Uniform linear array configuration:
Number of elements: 8
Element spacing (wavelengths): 0.5
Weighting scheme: kaiser
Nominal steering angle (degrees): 30
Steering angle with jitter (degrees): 28.341
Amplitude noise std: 0.05
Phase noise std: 0.05

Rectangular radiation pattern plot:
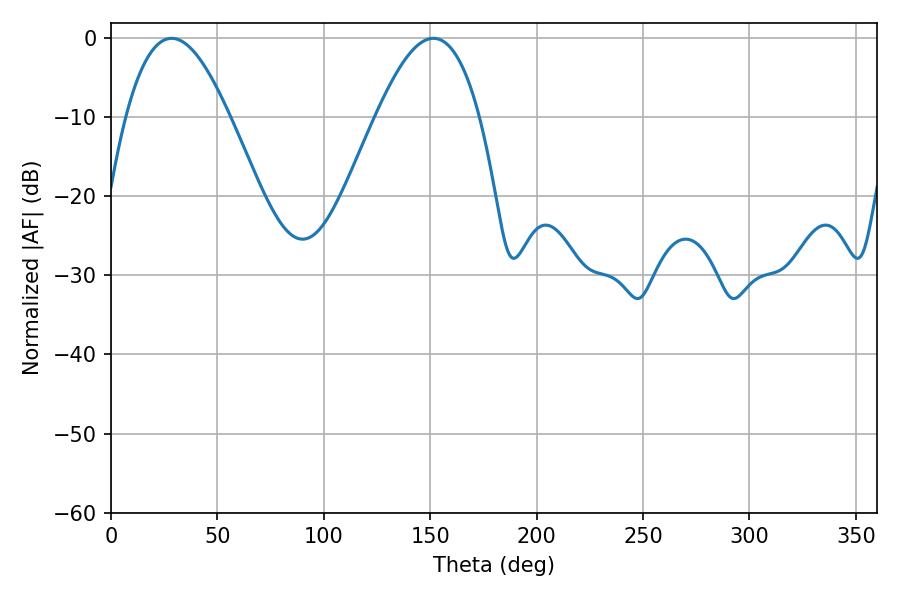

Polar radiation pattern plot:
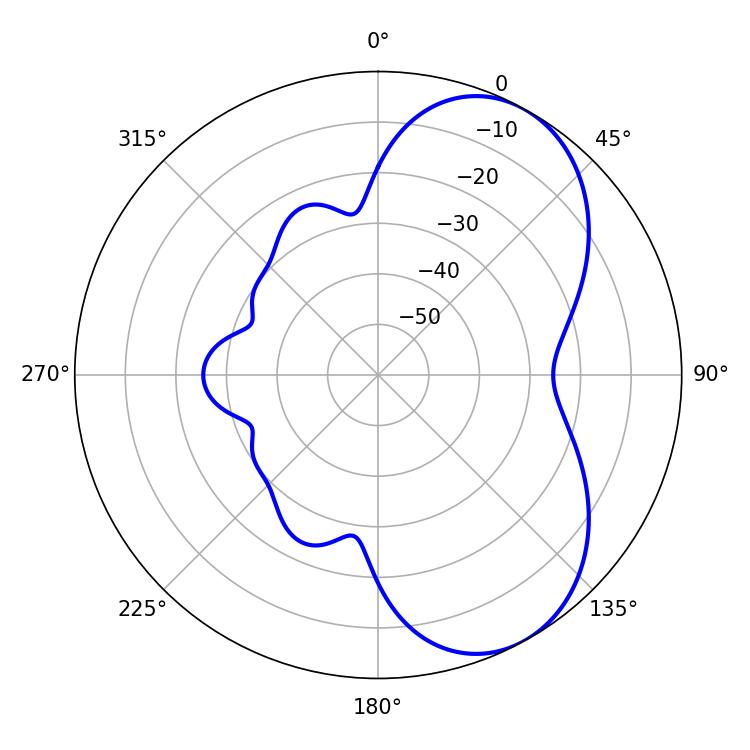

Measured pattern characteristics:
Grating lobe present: FALSE
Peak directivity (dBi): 6.055
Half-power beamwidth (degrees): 26.64
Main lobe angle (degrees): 151.56